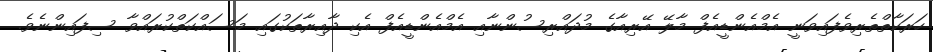
ހަރަކާތްތެރިވެފައިވަނީ އެމްއެންޑީއެފް މާލޭ އޭރިއާގެ މުދައްރިސުންނާއި އެމްއެންޑީއެފް އެކި ދާއިރާތަކުގައި މަސައްކަތްކުރައްވާ ސިފައިންނެވެ.